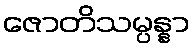
ဇောတိသမ္ပန္နာ